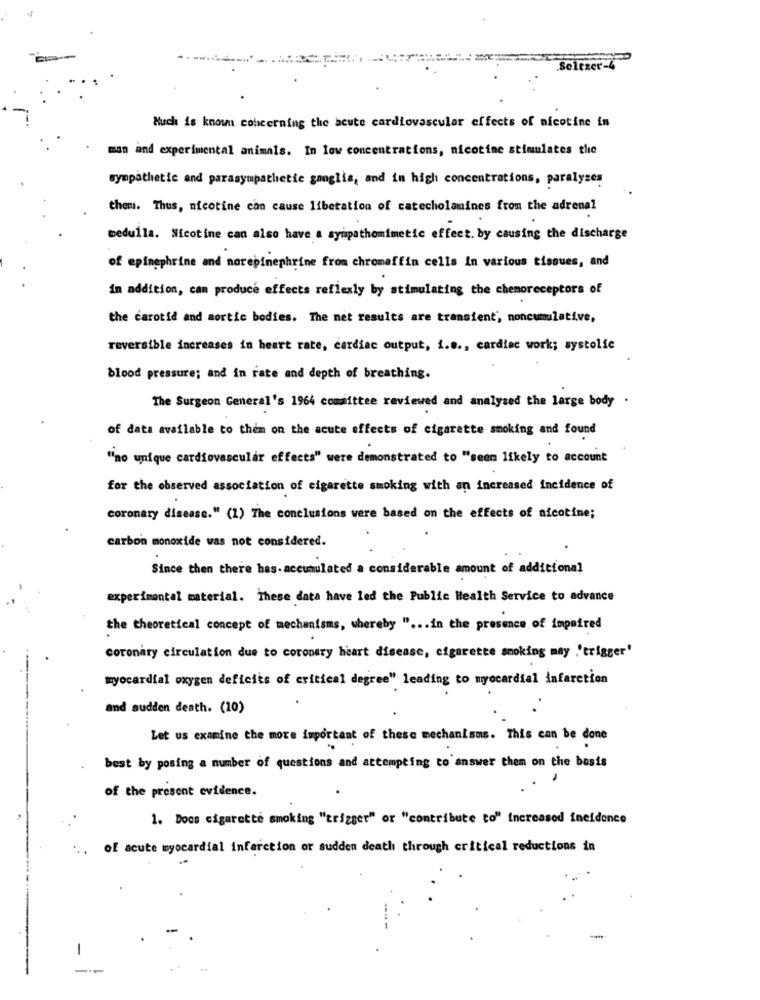
.Seltzer-4
Much is known concerning the acute cardiovascular effects of nicotine in
man and experimental animals. In low concentrations, nicotine stimulates the
sympathetic and parasympathetic ganglia, and in high concentrations, paralyzes
them. Thus, nicotine can cause liberation of catecholamines from the adrenal
medulla. Nicotine can also have a sympathomimetic effect. by causing the discharge
of epinephrine and norepinephrine from chromaffin cells In various tissues, and
in addition, can produce effects reflexly by stimulating the chemoreceptors of
the carotid and sortie bodies. The net results are transient', noncumulative,
reversible increases in heart rate, cardiac output, i.e ., cardiac work; systolic
blood pressure; and in rate and depth of breathing.
The Surgeon General's 1964 comifttee reviewed and analysed the large body .
of data available to them on the acute effects of cigarette smoking and found
"no unique cardiovascular effects" were demonstrated to "seen likely to account
for the observed association of cigarette smoking with an increased incidence of
coronary disease." (1) The conclusions were based on the effects of nicotine;
carbon monoxide was not considered.
Since then there has-accumulated a considerable amount of additional
experimental material. These data have led the Public Health Service to advance
the theoretical concept of mechanisms, whereby " ... in the presence of impaired
coronary circulation due to coronary heart disease, cigarette smoking may .'trigger'
myocardial oxygen deficits of critical degree" leading to myocardial infarction
and sudden death. (10)
.
Let us examine the more important of these mechanisms. This can be done
best by posing a number of questions and attempting to answer them on the basis
of the present evidence.
1. Docs cigarette smoking "trigger" or "contribute to" increased ineidence
of acute myocardial infarction or sudden death through critical reductions in
-